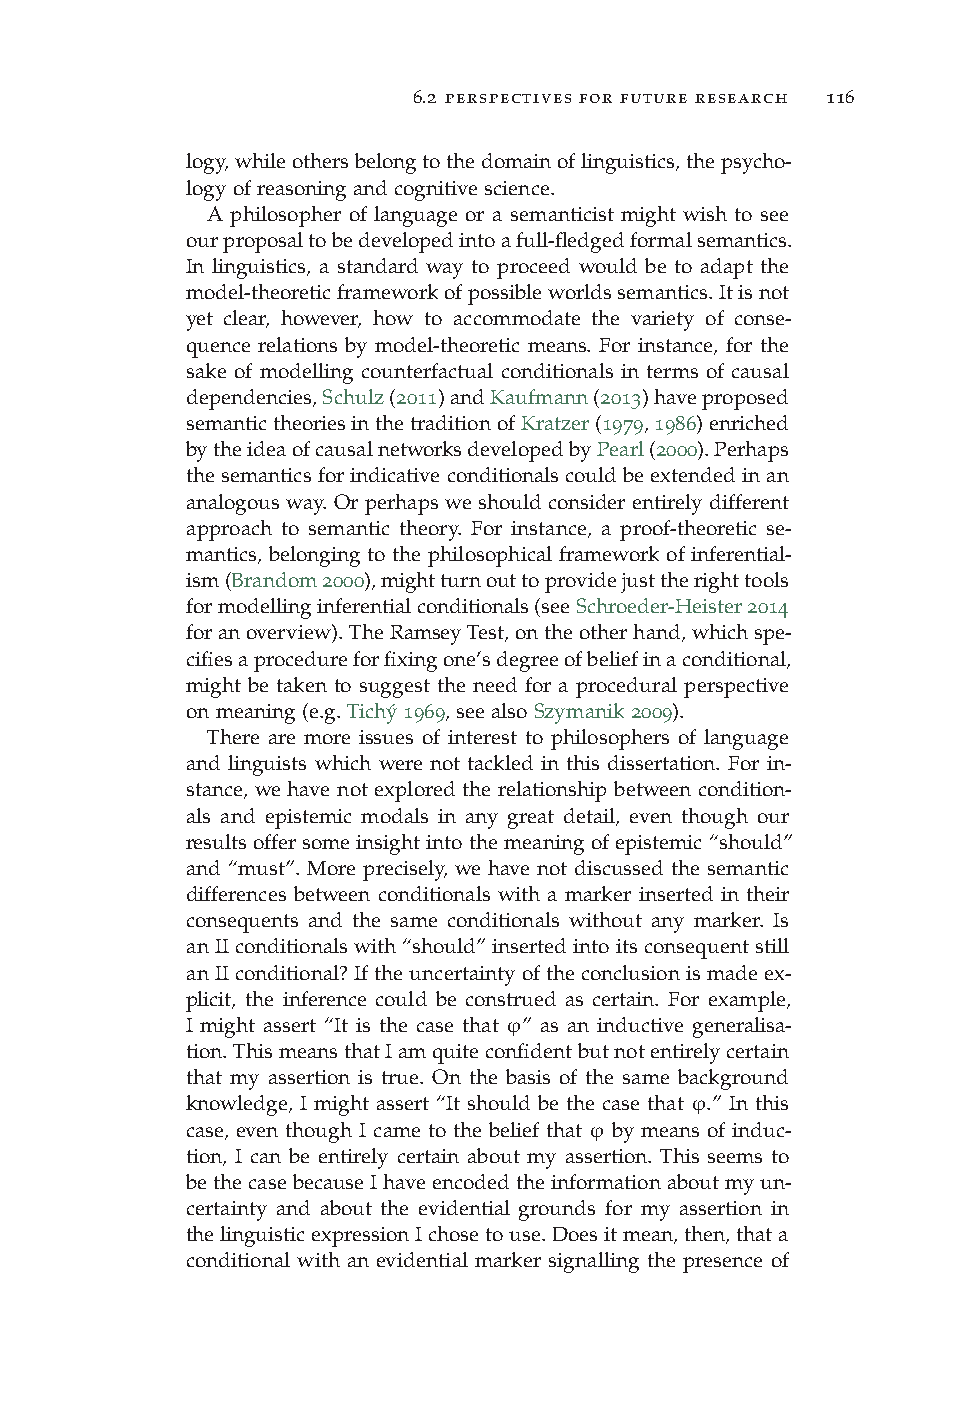
6.2 perspectives for future research 116
 logy,whileothersbelongtothedomainoflinguistics,thepsycho-
 logyofreasoningandcognitivescience.
 A philosopher of language or a semanticist might wish to see
 ourproposaltobedevelopedintoafull-fledgedformalsemantics.
 In linguistics, a standard way to proceed would be to adapt the
 model-theoreticframeworkofpossibleworldssemantics.Itisnot
 yet clear, however, how to accommodate the variety of conse-
 quence relations by model-theoretic means. For instance, for the
 sake of modelling counterfactual conditionals in terms of causal
 dependencies,Schulz(2011)andKaufmann(2013)haveproposed
 semantictheoriesinthetraditionofKratzer(1979,1986)enriched
 bytheideaofcausalnetworksdevelopedbyPearl(2000).Perhaps
 thesemanticsforindicativeconditionalscouldbeextendedinan
 analogous way. Or perhaps we should consider entirely different
 approach to semantic theory. For instance, a proof-theoretic se-
 mantics, belonging to the philosophical framework of inferential-
 ism(Brandom2000),mightturnouttoprovidejusttherighttools
 formodellinginferentialconditionals(seeSchroeder-Heister2014
 foranoverview).TheRamseyTest,ontheotherhand,whichspe-
 cifiesaprocedureforfixingone’sdegreeofbeliefinaconditional,
 might be taken to suggest the need for a procedural perspective
 onmeaning(e.g.Tichý1969,seealsoSzymanik2009).
 There are more issues of interest to philosophers of language
 and linguists which were not tackled in this dissertation. For in-
 stance, we have not explored the relationship between condition-
 als and epistemic modals in any great detail, even though our
 resultsoffersomeinsightintothemeaningofepistemic“should”
 and “must”. More precisely, we have not discussed the semantic
 differences between conditionals with a marker inserted in their
 consequents and the same conditionals without any marker. Is
 an II conditionals with “should” inserted into its consequent still
 anIIconditional?Iftheuncertaintyoftheconclusionismadeex-
 plicit, the inference could be construed as certain. For example,
 I might assert “It is the case that ϕ” as an inductive generalisa-
 tion.ThismeansthatIamquiteconfidentbutnotentirelycertain
 that my assertion is true. On the basis of the same background
 knowledge, I might assert “It should be the case that ϕ.” In this
 case, even though I came to the belief that ϕ by means of induc-
 tion, I can be entirely certain about my assertion. This seems to
 bethecasebecauseIhaveencodedtheinformationaboutmyun-
 certainty and about the evidential grounds for my assertion in
 thelinguisticexpressionIchosetouse.Doesitmean,then,thata
 conditional with an evidential marker signalling the presence of